Vaccination report Assam 1896-1927 - 1896-1927
Year: 1896
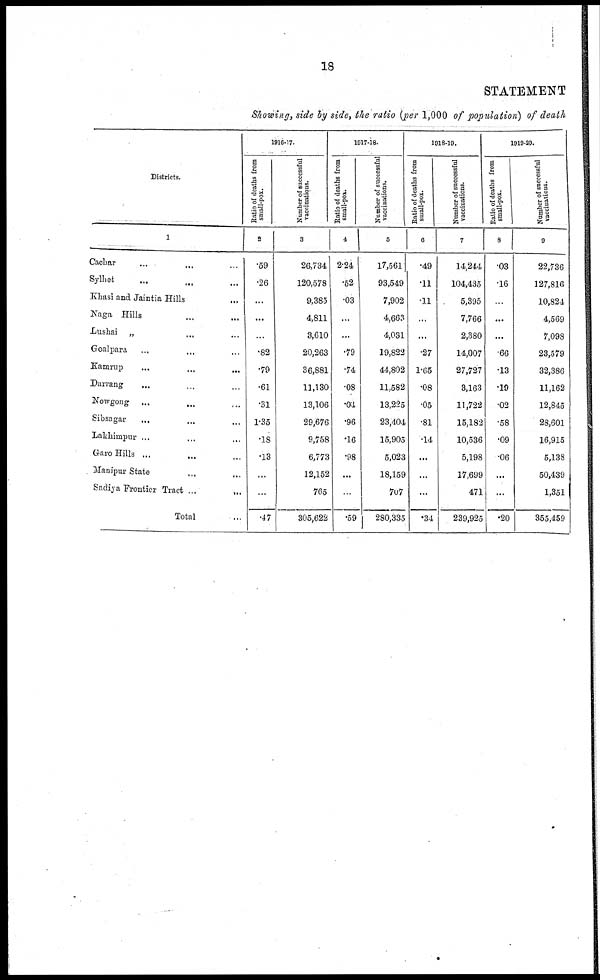
18
STATEMENT
Showing, side by side, the ratio (per 1,000 of population) of death
Districts.
1
Cachar ... ...
Sylhet ... ...
Khasi and Jaintia Hills ...
Naga Hills ... ...
Lushai „ ... ...
Goalpara ... ...
Kamrup ... ... ...
Darrang ... ...
Nowgong ... ... ...
Sibsagar ... ... ...
Lakhimpur ... ... ...
Garo Hills ... ... ...
Manipur State ... ...
Sadiya Frontier Tract ...
...
Total ...
1910-17.
Ratio of deaths from
small-pox.
2
.59
.26
...
...
...
.82
.79
.61
.31
1.35
.18
.13
...
...
.47
Number of successful
vaccinations.
3
26,734
120,578
9,385
4,811
3,610
20,263
36,881
11,130
13,106
29,676
9,758
6,773
12,152
765
305,622
1017-18.
Ratio of deaths from
small-pox.
4
2.24
.52
.03
...
...
.79
.74
.08
.04
.96
.16
.98
...
...
.59
Number of successful
vaccinations.
5
17,561
93,549
7,902
4,663
4,031
19,822
44,802
11,582
13,225
23,404
15,905
5,023
18,159
707
280,335
1018-19.
Ratio of deaths from
small-pox.
6
.49
.11
.11
...
...
.27
1.65
.08
.05
.81
.14
...
...
...
.34
Number of successful
vaccinations.
7
14,244
104,435
5,395
7,766
2,380
14,007
27,727
3,163
11,722
15,182
10,536
5,198
17,699
471
239,925
1019-20.
Ratio of deaths from
small-pox.
8
.03
.16
...
...
...
.66
.13
.19
.02
.58
.09
.06
...
...
.20
Number of successful
vaccinations.
9
22,736
127,816
10,824
4,569
7,098
23,579
32,386
11,162
12,845
28,601
16,915
5,133
50,439
1,351
355,459